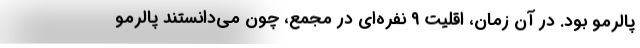
پالرمو بود. در آن زمان، اقلیت ۹ نفره‌ای در مجمع، چون می‌دانستند پالرمو